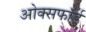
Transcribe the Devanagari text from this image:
ओक्सफॉर्ड